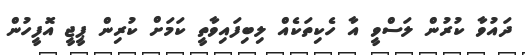
ދައުވާ ކުރުން ލަސްވީ އާ ހެކިތަކެއް ލިބިފައިވާތީ ކަމަށް ކުރިން ޕީޖީ އޮފީހުން